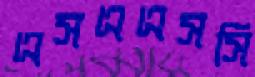
এসএএসসি